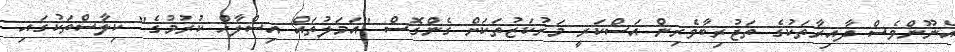
އެނޫންވެސް ދާއިރާތަކުގެ ތަޖުރިބާވެރިން އަސްކަރީ މަރުކަޒުތަކަށް ގެންގޮސް "އަމަލުތައް އިސްލާހް ކުރުމުގެ" ކިލާސްތަކުގައި